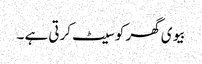
بیوی گھر کو سیٹ کرتی ہے ۔